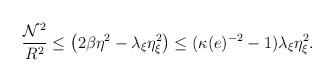
LaTeX: \begin{align*}\frac{{\cal N}^{2}}{R^{2}} \leq \left(2\beta\eta^{2}-\lambda_{\xi}\eta_{\xi}^{2}\right)\leq (\kappa(e)^{-2}-1)\lambda_{\xi}\eta^{2}_{\xi}.\end{align*}